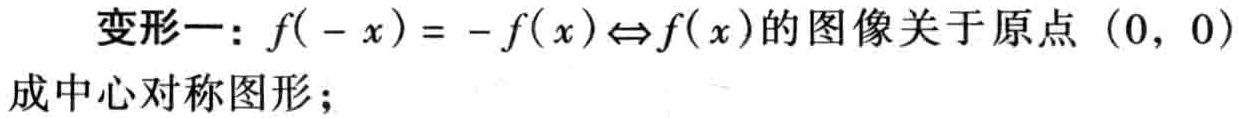
变形一：\(f( - x)= - f(x)\Leftrightarrow f(x)\)的图像关于原点\((0, 0)\)成中心对称图形；